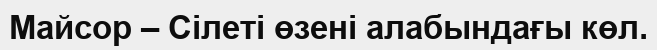
Майсор – Сілеті өзені алабындағы көл.